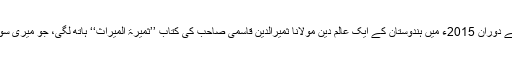
انٹرنیٹ سرچنگ کے دوران 2015ء میں ہندوستان کے ایک عالم دین مولانا ثمیرالدین قاسمی صاحب کی کتاب ’’ثمیرۃ المیراث‘‘ ہاتھ لگی، جو میری سوچ کے مطابق تھی۔